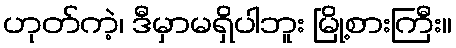
ဟုတ်ကဲ့၊ ဒီမှာမရှိပါဘူး မြို့စားကြီး။